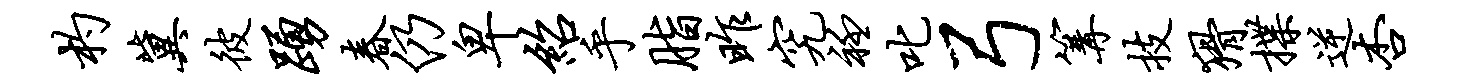
杓冀彼踊春仍卑绍乎脂昨究衽叱弓篝技猾揲逆杏